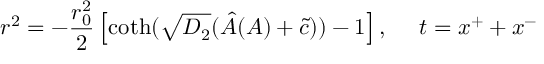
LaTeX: r ^ { 2 } = - \frac { r _ { 0 } ^ { 2 } } { 2 } \left[ \coth ( \sqrt { D _ { 2 } } ( \hat { A } ( A ) + \tilde { c } ) ) - 1 \right] , ~ ~ ~ ~ t = x ^ { + } + x ^ { - }